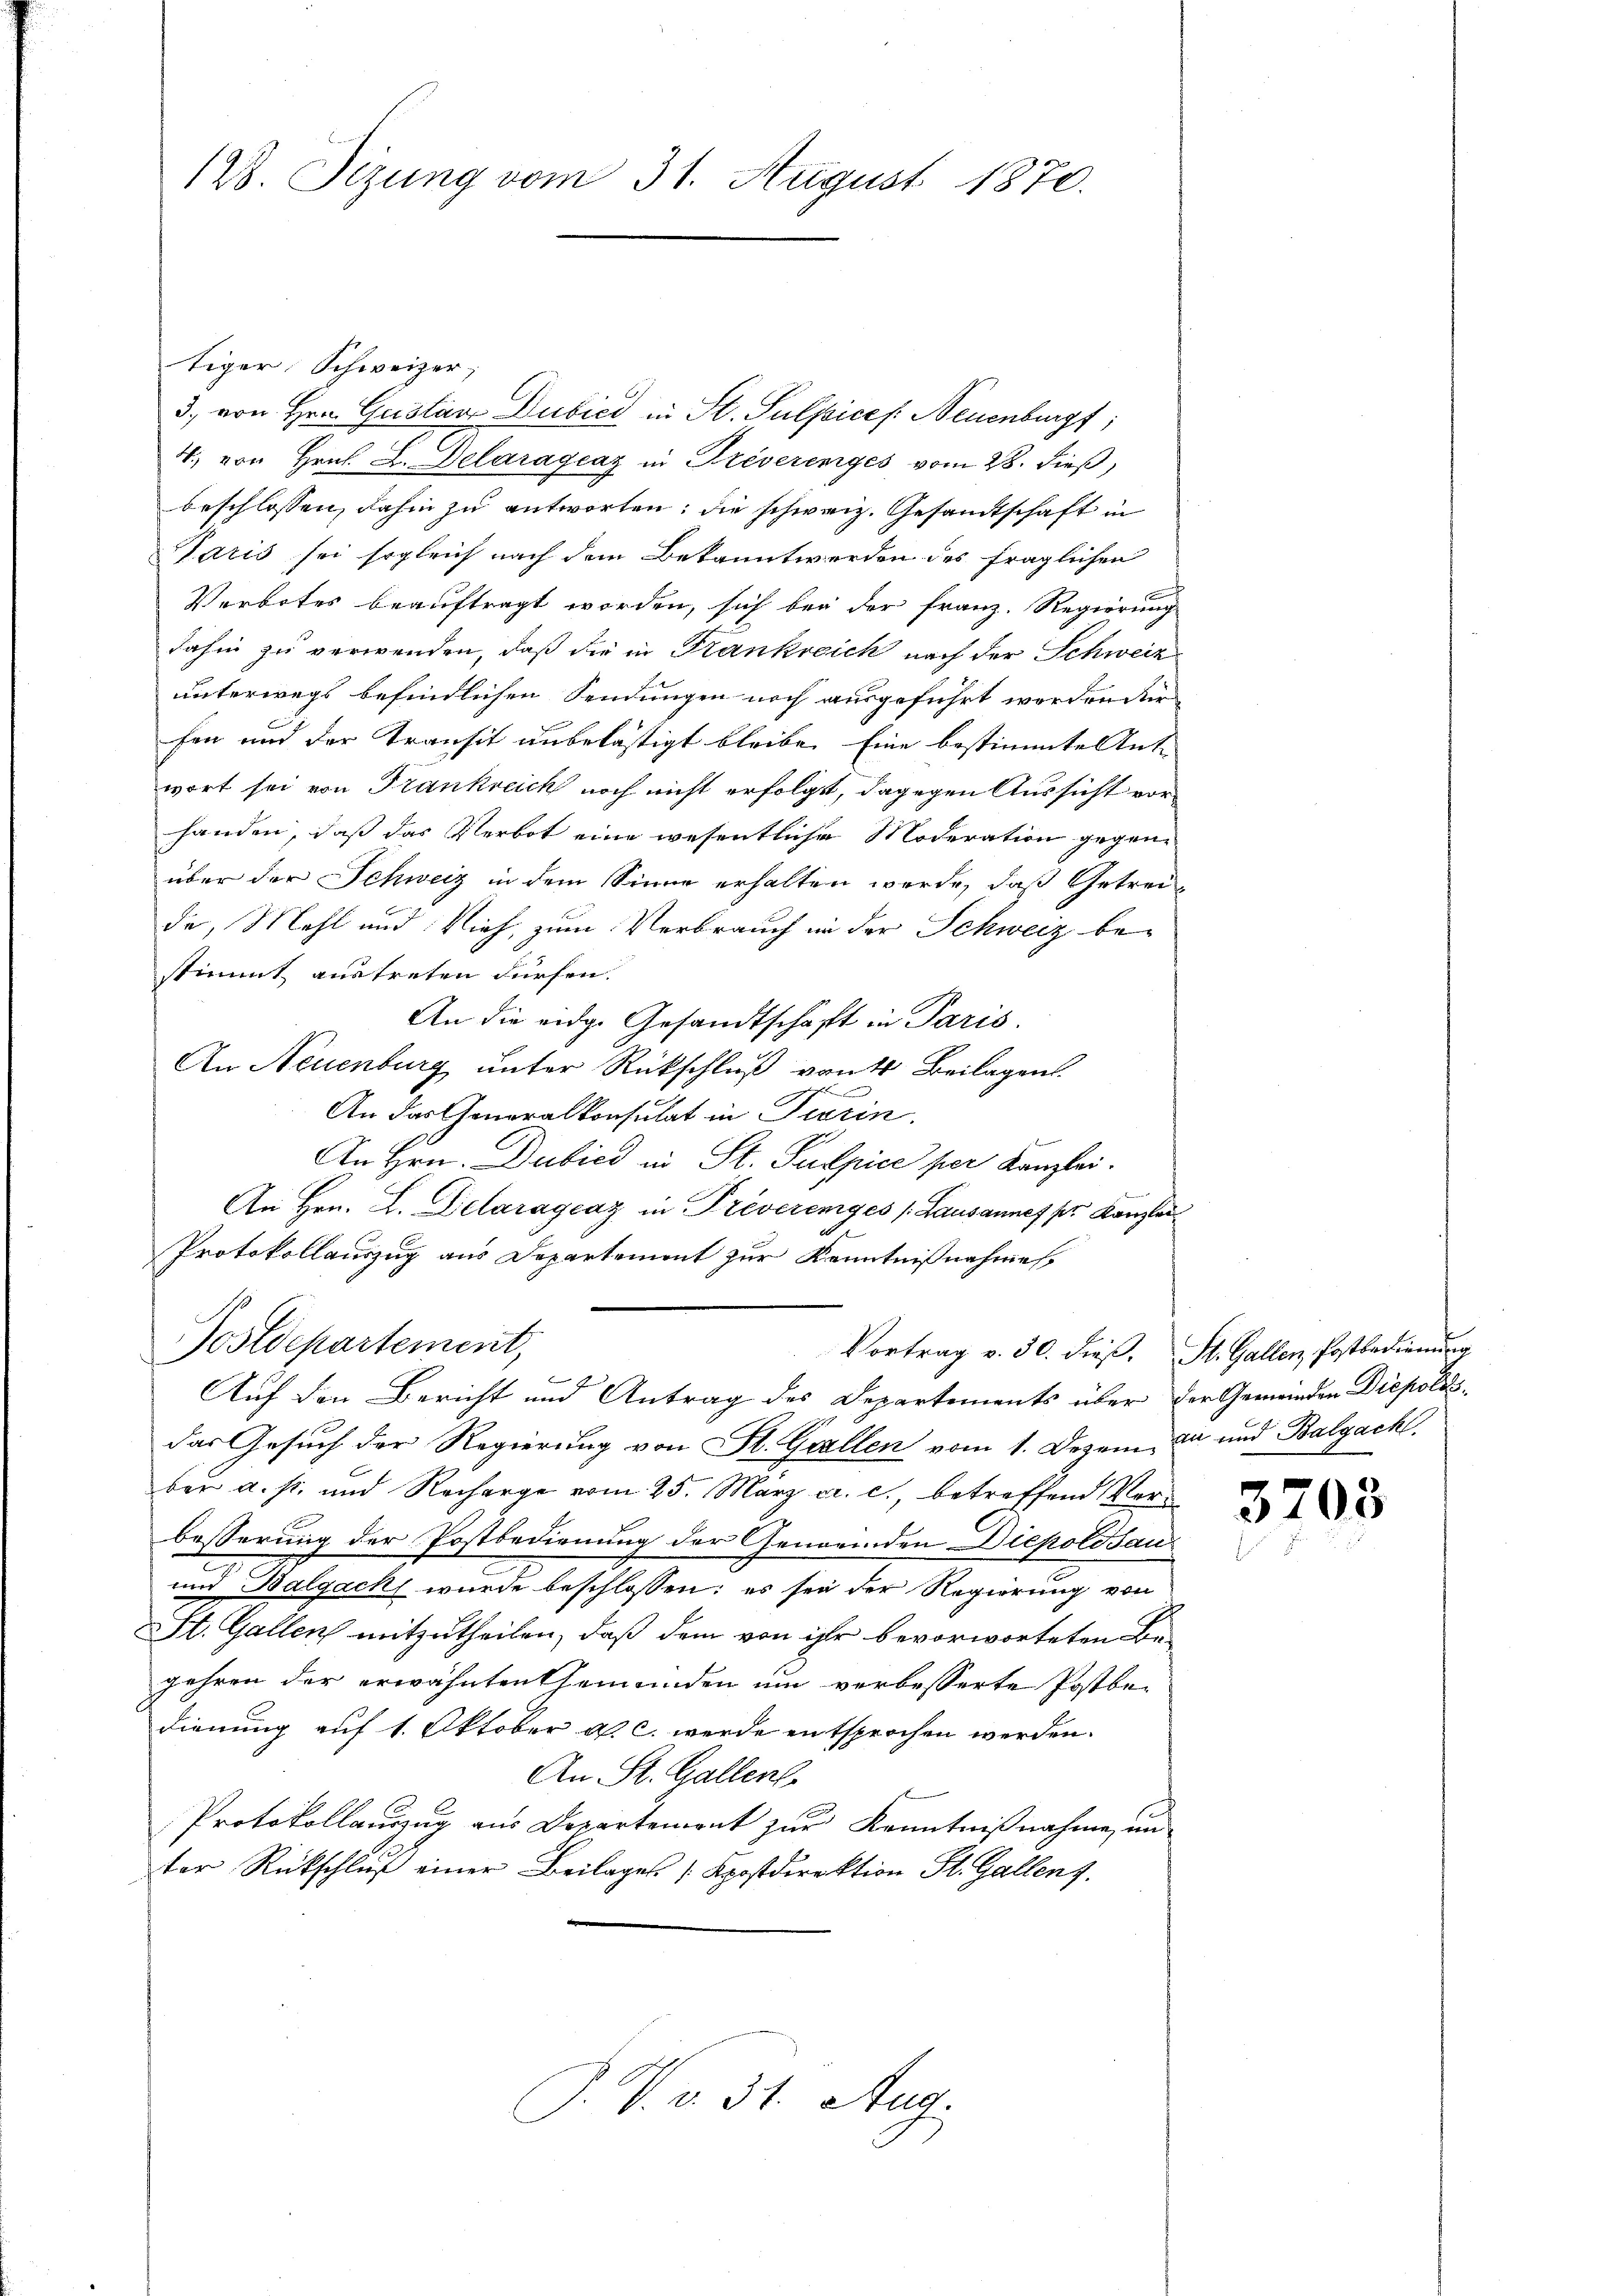
128. Sizung vom 31. August 1870.

tiger Schweizer,
3, von Hrn. Gustav Dubild in St. Sulpices: Neuenburgf;
4. von Hrn. L. Delarágcaz in Preverenges vom 28. dieß,
beschlossen, dahin zu antworten; die schweiz. Gesandtschaft in
Tatis sei sogleich nach dem Bekannt werden des fraglichen
Verbotes beauftragt worden, sich bey der Franz. Regierung
dahin zu verwenden, daß die in Krankreich nach der Schweiz
unterwegs befindlichen Sendungen noch ausgeführt wordender
fen und der Transit unbelästigt bleibe. Eine bestimmte Ant-
wort sei von Frankreich noch nicht erfolgt, dagegen Aussicht vorhanden, daß das Verbot eine wesentliche Moderation gegenüber der Schweiz in dem Sinne erhalten werde, daß Getrei-
de, Mehl und Vieh, zum Verbrauch in der Schweiz be-
stimmt austreten dürfen.
An die eidge Gesandtschaft in Paris.
An Neuenburg unter Rückschluß von 4 Beilagen.
.
An das Generalkonsulat in Pierin.
An Hrn. Dubild in St. Pulpice per Kanzlei.
An Hrn. L. Delaragraz in Preverenges (Lausannes pr. Kanzlei
de
Protokollauszug aus Departement zur Kenntnißnahmes.
Postdepartement,
Vortrag v. 30. dieβ, St. Gallen Postbedienung
Be
Auf den Bericht und Antrag des Departements über der Gemeinden Diepoltsdas Gesuch der Regierung von St. Gallen vom 1. Dezem ca und Balgach
ber a. s. und Recharge vom 25. März a. c., betreffend Verbesserung der Postbedienung der Gemeinden Diepolosau
und Balgach wurde beschlossen: es sei der Regierung von
St. Gallen mitzutheilen, daß dem von ihr bevorworteten Be-
gehren der erwähnten Gemeinden um verbesserte Postbedienung auf 1. Oktober a. c. werde entsprochen werden.
An St. Gallen.
Protokollauszug aus Departement zur Kenntnißnahme, un
ter Rückschluß einer Beilages (Apostdirektion St. Gallen.
J. V. d. 31. Aug.

3703